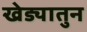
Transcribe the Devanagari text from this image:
खेड्यातुन